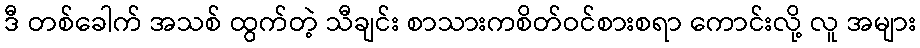
ဒီ တစ်ခေါက် အသစ် ထွက်တဲ့ သီချင်း စာသားကစိတ်ဝင်စားစရာ ကောင်းလို့ လူ အများ